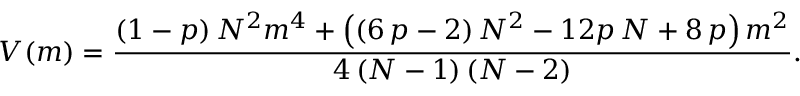
V ( m ) = \frac { \left( 1 - p \right) N ^ { 2 } m ^ { 4 } + \left( \left( 6 \, p - 2 \right) N ^ { 2 } - 1 2 p \, N + 8 \, p \right) m ^ { 2 } } { 4 \left( N - 1 \right) \left( N - 2 \right) } .